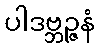
ပါဒဗ္ဘဉ္ဇနံ